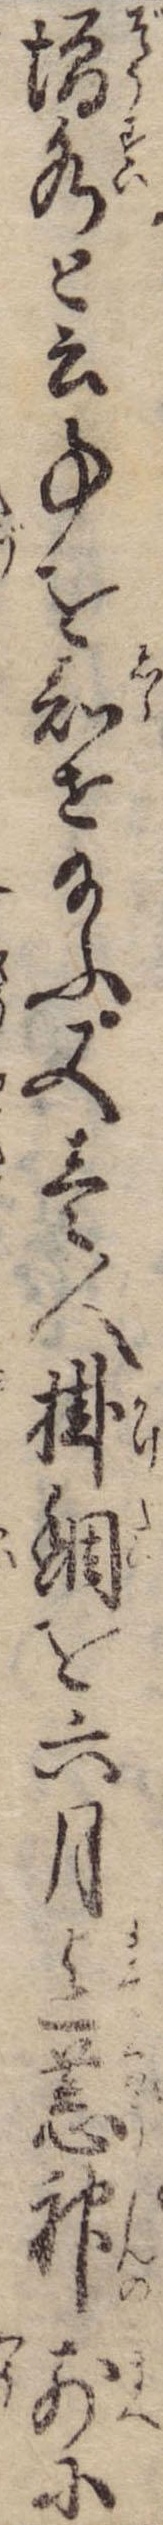
増水と云事を知せ給ふ又壱人掛鯛を六月迄荒神前に